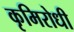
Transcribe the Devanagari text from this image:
कृमिरोधी